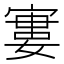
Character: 寠